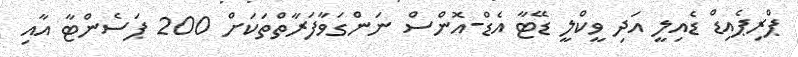
ޕްރިޕެއިޑް ޑެއިލީ އަދި ވީކްލީ ޑޭޓާ އެޑް-އޮންސް ނަންގަވާފަރާތްތަކަށް 200 ޕަސެންޓާ އާއި